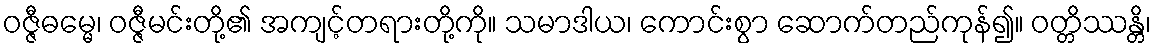
ဝဇ္ဇီဓမ္မေ၊ ဝဇ္ဇီမင်းတို့၏ အကျင့်တရားတို့ကို။ သမာဒါယ၊ ကောင်းစွာ ဆောက်တည်ကုန်၍။ ဝတ္တိဿန္တိ၊